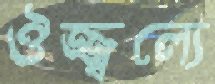
ঔজ্জ্বল্যে